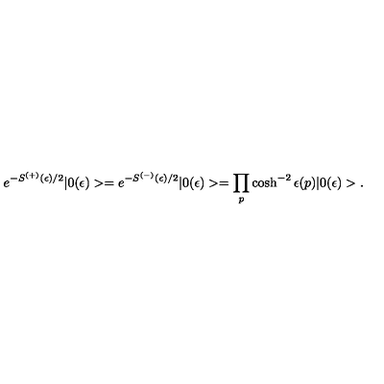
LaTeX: e ^ { - S ^ { ( + ) } ( \epsilon ) / 2 } | 0 ( \epsilon ) > = e ^ { - S ^ { ( - ) } ( \epsilon ) / 2 } | 0 ( \epsilon ) > = \prod _ { p } \cosh ^ { - 2 } \epsilon ( p ) | 0 ( \epsilon ) > .